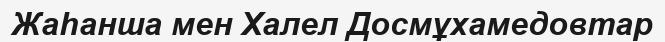
Жаһанша мен Халел Досмұхамедовтар